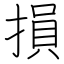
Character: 損